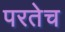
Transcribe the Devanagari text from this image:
परतेच